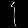
Digit: ၄